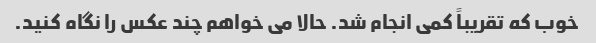
خوب که تقریباً کمی انجام شد. حالا می خواهم چند عکس را نگاه کنید.